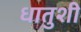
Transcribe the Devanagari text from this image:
धातुशी